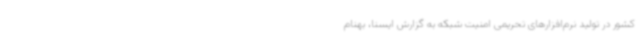
کشور در تولید نرم‌افزارهای تحریمی امنیت شبکه به گزارش ایسنا، بهنام